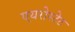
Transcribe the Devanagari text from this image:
एयरोस्टेट